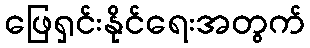
ဖြေရှင်းနိုင်ရေးအတွက်